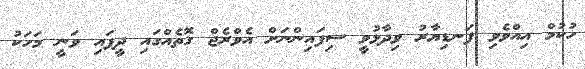
ހުކުމް އިއްވެވި ފަނޑިޔާރު ވިދާޅުވީ ސިފައިންނަށް އެވްރެޖް ގޮތެއްގައި ދީފައި ވަނީ މަހަކު